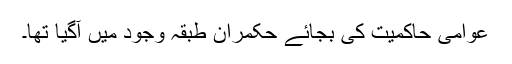
عوامی حاکمیت کی بجائے حکمران طبقہ وجود میں آگیا تھا۔